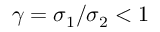
\gamma = \sigma _ { 1 } / \sigma _ { 2 } < 1